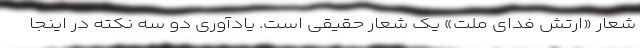
شعار «ارتش فدای ملت» یک شعار حقیقی است. یادآوری دو سه نکته در اینجا